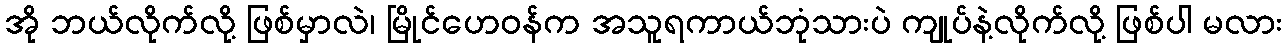
အို ဘယ်လိုက်လို့ ဖြစ်မှာလဲ၊ မြိုင်ဟေဝန်က အသူရကာယ်ဘုံသားပဲ ကျုပ်နဲ့လိုက်လို့ ဖြစ်ပါ မလား